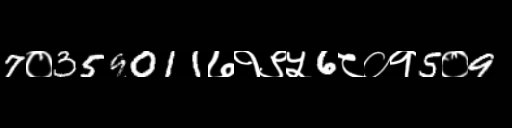
Text: 7०359011७१९५6८०१5०9